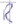
Text: R